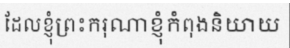
ដែលខ្ញុំព្រះករុណាខ្ញុំកំពុងនិយាយ